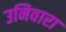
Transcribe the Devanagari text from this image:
उनिवारा